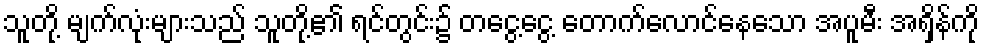
သူတို့ မျက်လုံးများသည် သူတို့၏ ရင်တွင်း၌ တငွေ့ငွေ့ တောက်လောင်နေသော အပူမီး အရှိန်ကို